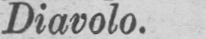
Diavolo.